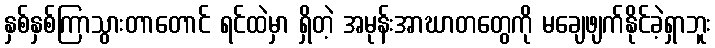
နှစ်နှစ်ကြာသွားတာတောင် ရင်ထဲမှာ ရှိတဲ့ အမုန်းအာဃာတတွေကို မချေဖျက်နိုင်ခဲ့ရှာဘူး